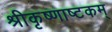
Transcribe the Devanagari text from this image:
श्रीकृष्णाष्टकम्‌